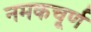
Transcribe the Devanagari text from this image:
नमकचूर्ण